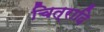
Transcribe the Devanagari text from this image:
चित्रादि